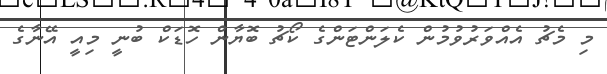
މި މެޗު އެއްވަރުވުމުން ކެލަންޓަންގެ ކޯޗު ބޮޔާން ހޮޑަކް ބުނީ މިއީ އޭނާގެ